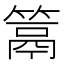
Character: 䈪